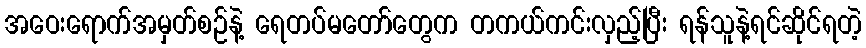
အဝေးရောက်အမှတ်စဉ်နဲ့ ရေတပ်မတော်တွေက တကယ်ကင်းလှည့်ပြီး ရန်သူနဲ့ရင်ဆိုင်ရတဲ့